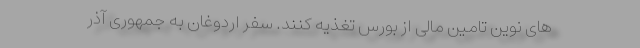
های نوین تامین مالی از بورس تغذیه کنند. سفر اردوغان به جمهوری آذر